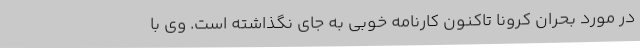
در مورد بحران کرونا تاکنون کارنامه خوبی به جای نگذاشته است. وی با